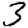
Digit: 3